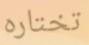
تختاره